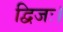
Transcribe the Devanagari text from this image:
द्विजः।